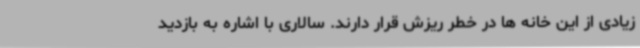
زیادی از این خانه ها در خطر ریزش قرار دارند. سالاری با اشاره به بازدید